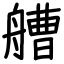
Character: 艚